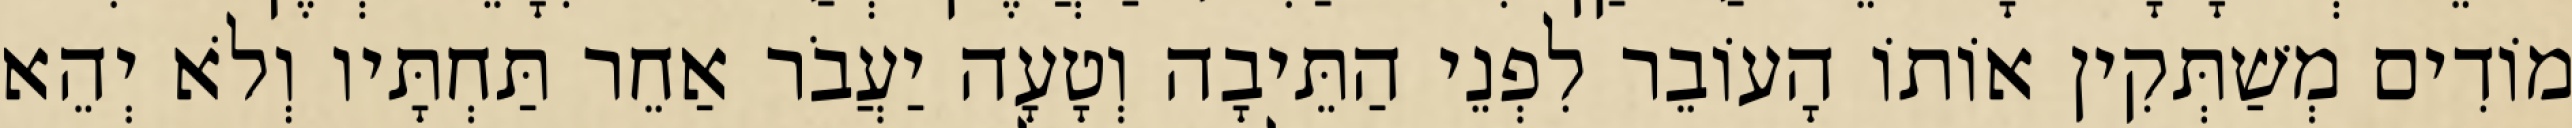
מוֹדִים מְשַׁתְּקִין אוֹתוֹ הָעוֹבֵר לִפְנֵי הַתֵּיבָה וְטָעָה יַעֲבֹר אַחֵר תַּחְתָּיו וְלֹא יְהֵא